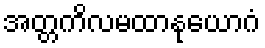
အတ္တကိလမထာနုယောဂံ